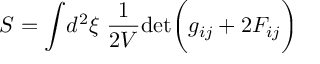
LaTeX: S = \int \! d ^ { 2 } \xi \ { \frac { 1 } { 2 V } } \mathrm { d e t } \biggl ( g _ { i j } + 2 F _ { i j } \biggr )